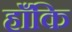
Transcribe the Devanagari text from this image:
हाँकि